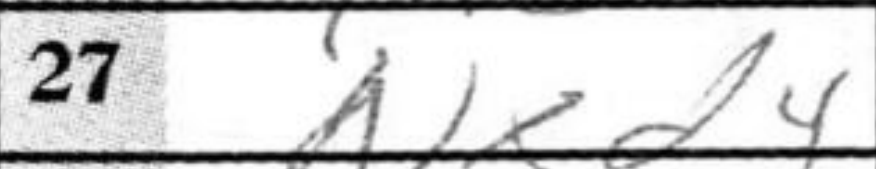
Transcription: Nxd4